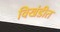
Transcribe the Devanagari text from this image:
विखंडीत